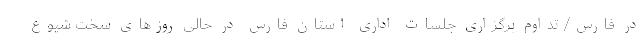
در فارس/ تداوم برگزاری جلسات اداری استان فارس در حالی روزهای سخت شیوع